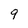
Character: 9